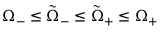
\Omega _ { - } \leq \tilde { \Omega } _ { - } \leq \tilde { \Omega } _ { + } \leq \Omega _ { + }